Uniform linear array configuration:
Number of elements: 24
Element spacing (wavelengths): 0.75
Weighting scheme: exponential
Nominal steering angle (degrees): -60
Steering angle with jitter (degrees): -60.553
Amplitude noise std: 0.05
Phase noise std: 0.05

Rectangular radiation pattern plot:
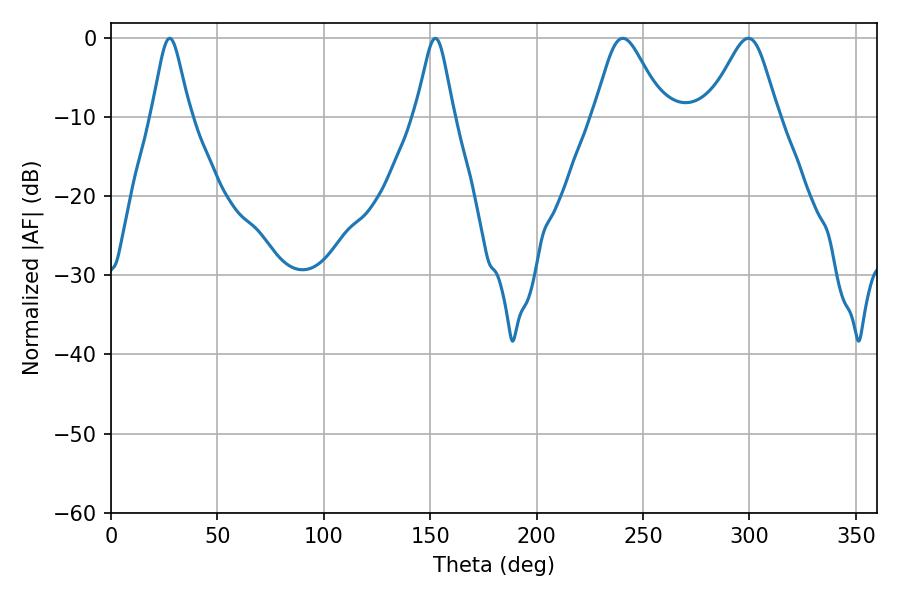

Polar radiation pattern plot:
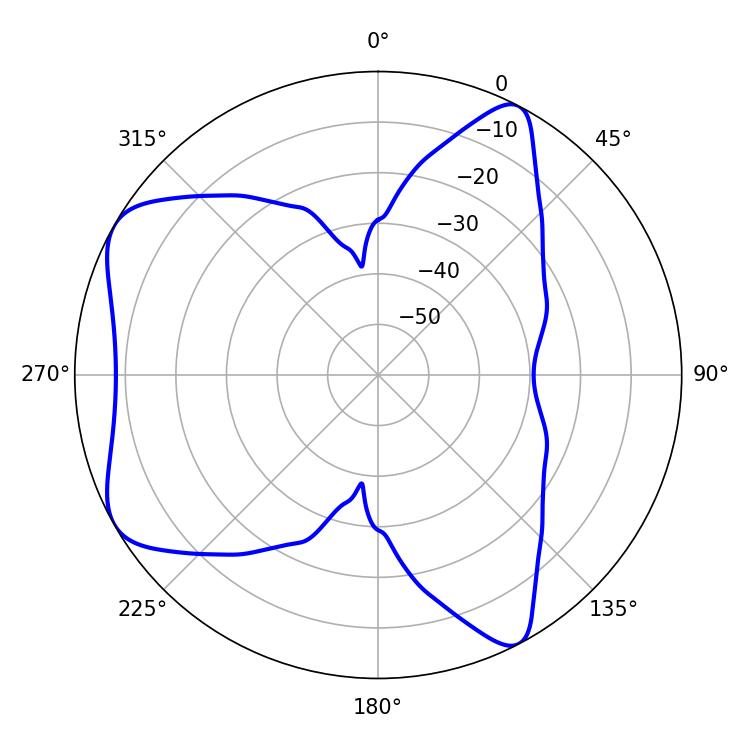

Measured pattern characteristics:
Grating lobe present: TRUE
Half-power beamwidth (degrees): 16.02
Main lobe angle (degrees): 240.48